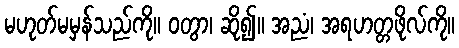
မဟုတ်မမှန်သည်ကို။ ဝတွာ၊ ဆို၍။ အညံ၊ အရဟတ္တဖိုလ်ကို။